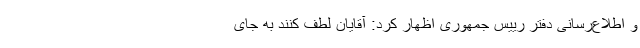
و اطلاع‌رسانی دفتر رییس جمهوری اظهار کرد: آقایان لطف کنند به جای